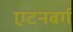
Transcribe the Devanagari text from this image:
एटनबर्ग